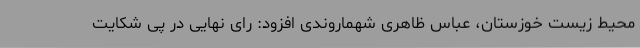
محیط زیست خوزستان، عباس ظاهری شهماروندی افزود: رای نهایی در پی شکایت